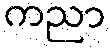
ကညာ